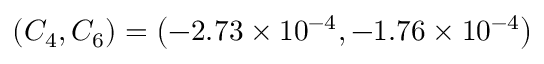
\left( C _ { 4 } , C _ { 6 } \right) = \left( - 2 . 7 3 \times 1 0 ^ { - 4 } , - 1 . 7 6 \times 1 0 ^ { - 4 } \right)